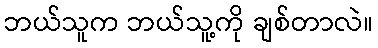
ဘယ်သူက ဘယ်သူ့ကို ချစ်တာလဲ။